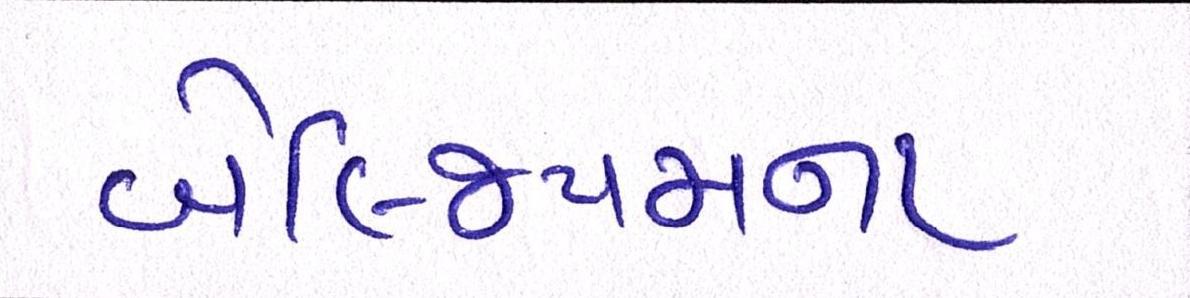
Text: બેલ્જિયમના